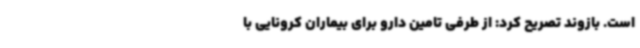
است. بازوند تصریح کرد: از طرفی تامین دارو برای بیماران کرونایی با